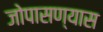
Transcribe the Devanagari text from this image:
जोपासण्यास